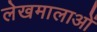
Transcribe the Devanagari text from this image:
लेखमालाओं